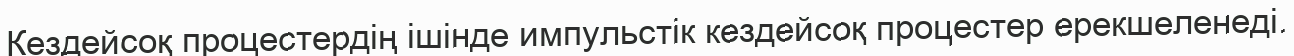
Кездейсоқ процестердің ішінде импульстік кездейсоқ процестер ерекшеленеді.